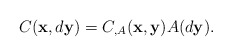
\begin{align*}C(\mathbf{x},d\mathbf{y}) = C_{,A}(\mathbf{x},\mathbf{y})A(d\mathbf{y}).\end{align*}